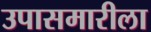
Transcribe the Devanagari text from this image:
उपासमारीला